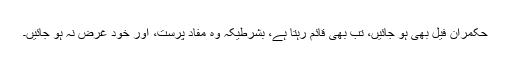
حکمران فیل بھی ہو جائیں، تب بھی قائم رہتا ہے، بشرطیکہ وہ مفاد پرست، اور خود غرض نہ ہو جائیں۔